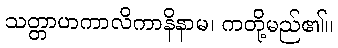
သတ္တာဟကာလိကာနိနာမ၊ ကတို့မည်၏။